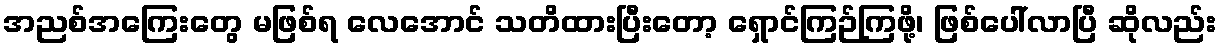
အညစ်အကြေးတွေ မဖြစ်ရ လေအောင် သတိထားပြီးတော့ ရှောင်ကြဉ်ကြဖို့၊ ဖြစ်ပေါ်လာပြီ ဆိုလည်း